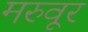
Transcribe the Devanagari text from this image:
मरुवूर